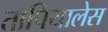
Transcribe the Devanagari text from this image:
तापियालेस